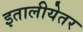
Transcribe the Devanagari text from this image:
इतालीयेतर